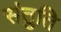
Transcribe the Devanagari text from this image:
संतुति